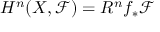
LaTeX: H ^ { n } ( X , { \mathcal { F } } ) = R ^ { n } f _ { * } { \mathcal { F } }